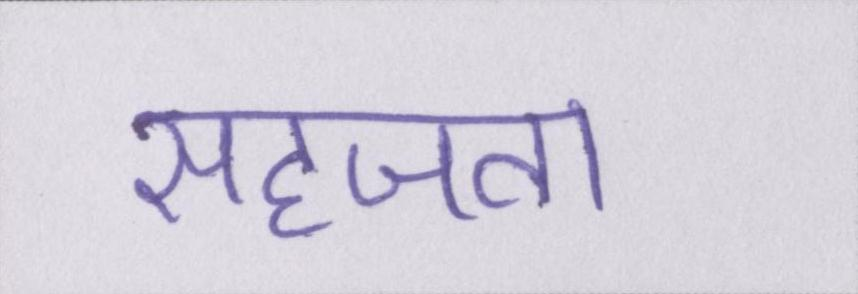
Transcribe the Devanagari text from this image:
सहजता